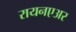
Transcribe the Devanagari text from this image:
रायनएअर